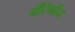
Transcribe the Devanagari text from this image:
पीरेनीज